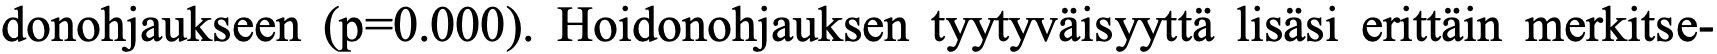
donohjaukseen (p=0.000). Hoidonohjauksen tyytyväisyyttä lisäsi erittäin merkitse-